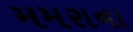
મમરાના